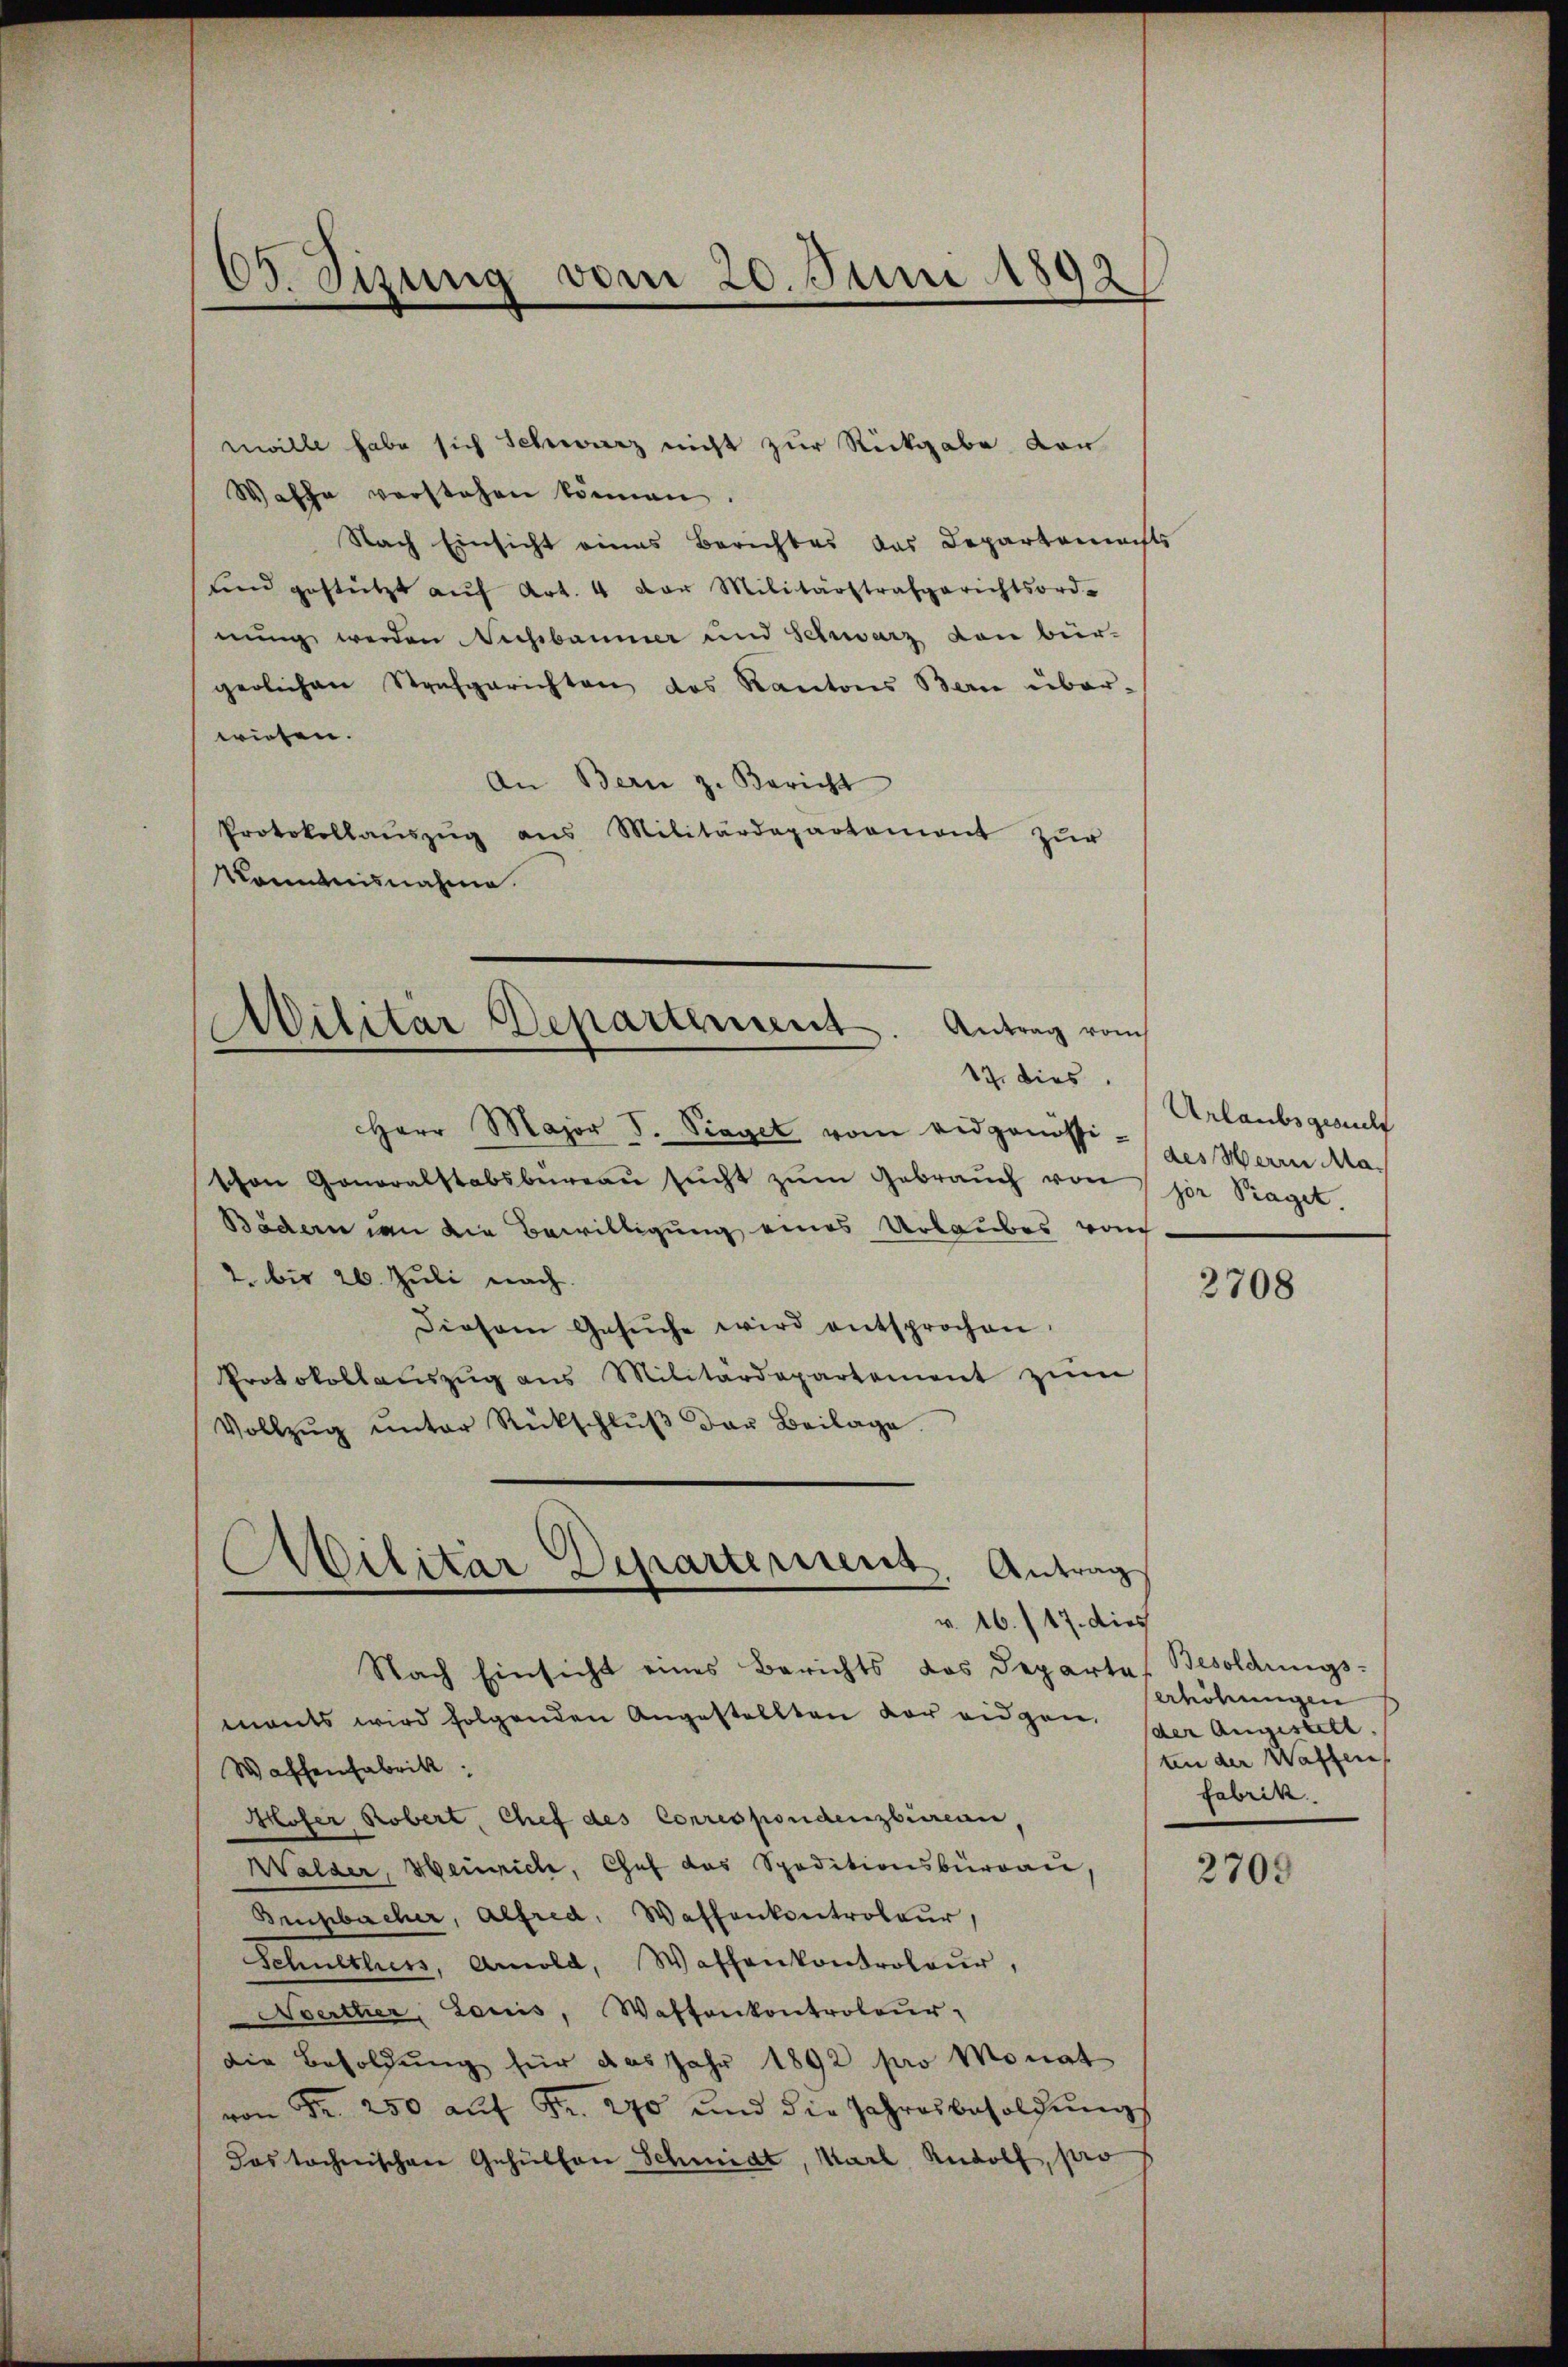
nwille habe sich Schwarz nicht zur Rückgabe dar
Waffe verstehen können.
Nach Einsicht eines Berichtes das Departemachts
sind gestützt aŭf Art. 4 der Militärstrafgerichtsord-
nung werden Nachbaumer und Schwarz von bür-
gerlichen Strafgerichten des Kantons Bern über-
wiesen.
An Bern z. Bericht
Protokollaŭszŭg ans Militärdepartamont zŭr
kanntnisnahme.

63. Sizung vom 20. Juni 1892

Militar Departement. Antrag vom

17. dies
Herr Major J. Sieget vom eidgenössiges Herrn Maschen Generalstabsbeeaŭ sŭcht zŭm Gebraŭch von per Traget.
Bädern um die Bewilligung eines Urlaubes vom
2. bis 26. Juli nach.
Diesem Gesŭche wird entsprochen
Protokollauszug aus Militärdepartement zŭm
Vollzŭg ŭnter Rückschlŭβ der Beilage.

Militar Departement. Antrag
1

v. 16./17. dies
Nach Einsicht eines Berichts das Departes Besoldungs-
mants wird folgenden Angestellten vor eidgen.
Waffenfabrik:
Hofer Robert, Chef des Correspondenzbureau,
Walder, Heinrich, Chef das Speditionsbürgau,
Ansbacher, Alfred, Wassenkontroleur,
Schulthess, Arnold, Waffenkontroleur,
Averther, Louis, Waffenkontroleur,
die Besoldung für das Jahr 1892 pro Monat
von Fr. 250 auf Fr. 270 und die Jahresbesoldungs
das technischen Gehülfen Schmidt, Karl Rudolf, pro

Urlaubsgesucht

2708

erhöhungen
(der Angestell.
ten der Waffen
fabrik

2709